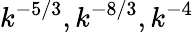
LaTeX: k^{-5/3},k^{-8/3},k^{-4}